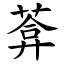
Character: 葊